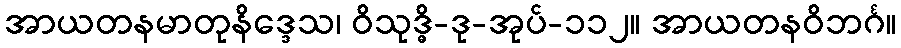
အာယတနမာတုနိဒ္ဒေသ၊ ဝိသုဒ္ဓိ-ဒု-အုပ်-၁၁၂။ အာယတနဝိဘင်္ဂ။